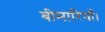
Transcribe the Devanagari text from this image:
बीमारियाँ।